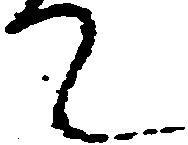
て